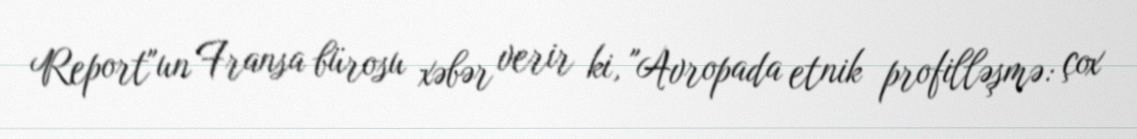
Report"un Fransa bürosu xəbər verir ki, "Avropada etnik profilləşmə: çox